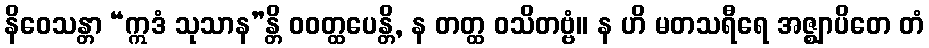
နိဝေသန္တာ “ဣဒံ သုသာန”န္တိ ဝဝတ္ထပေန္တိ, န တတ္ထ ဝသိတဗ္ဗံ။ န ဟိ မတသရီရေ အဇ္ဈာပိတေ တံ